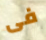
فى